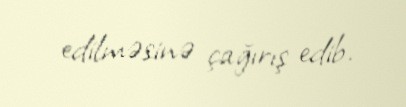
edilməsinə çağırış edib.